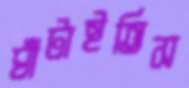
ঘাঁটাইতিস